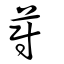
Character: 蔚